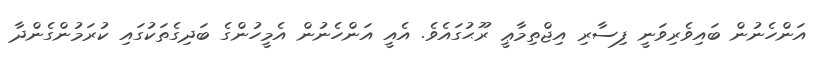
އަންހެނުން ބައިވެރިވަނީ ފިސާރި އިޖްތިމާޢީ ރޫޙުގައެވެ. އެއީ އަންހެނުން އެމީހުންގެ ބަދިގެތަކުގައި ކުރަމުންގެންދާ